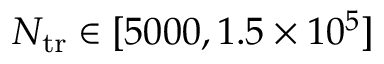
N _ { { \mathrm { t r } } } \in [ 5 0 0 0 , 1 . 5 \times 1 0 ^ { 5 } ]